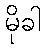
မိုခါ